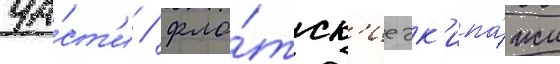
ча́ст'и / фло́тск'ие эк'ипа́жи